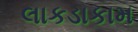
લાકડાકામ